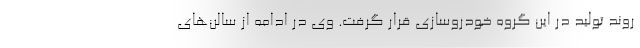
روند تولید در این گروه خودروسازی قرار گرفت. وی در ادامه از سالن‌های